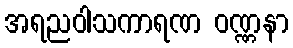
အရညဝါသကာရဏ ဝဏ္ဏနာ